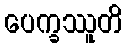
ပေက္ခဿူတိ